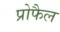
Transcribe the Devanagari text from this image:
प्रोफैल